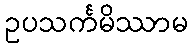
ဥပသင်္ကမိဿာမ